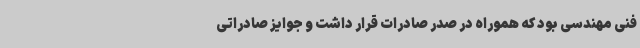
فنی مهندسی بود که هموراه در صدر صادرات قرار داشت و جوایز صادراتی